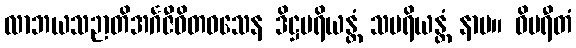
လာဘယသဉာတိအင်္ဂဇီဝိတဝသေန ဒိဋ္ဌပရိယန္တံ သပရိယန္တံ နာမ။ ဝိပရီတံ